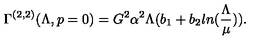
\Gamma ^ { ( 2 , 2 ) } ( \Lambda , p = 0 ) = G ^ { 2 } \alpha ^ { 2 } \Lambda ( b _ { 1 } + b _ { 2 } l n ( \frac { \Lambda } { \mu } ) ) .